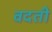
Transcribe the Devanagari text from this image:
वदती